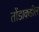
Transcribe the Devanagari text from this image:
तोंडाकडील